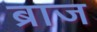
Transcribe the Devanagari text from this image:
ब्राज